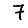
Digit: 7